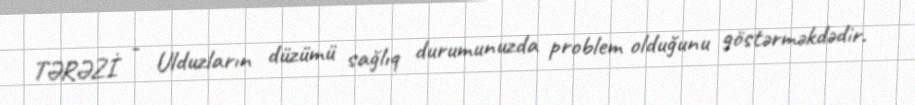
TƏRƏZİ - Ulduzların düzümü sağlıq durumunuzda problem olduğunu göstərməkdədir.